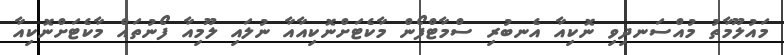
މައުލޫމާތު މުއްސަނދިވި ނޮކިއާ އެނބުރި ސްމާޓްފޯން މާކެޓަށްނޮކިއާއާ ނުލައި ލޫމިއާ ފޯނުތައް މާކެޓަށްނޮކިއާ